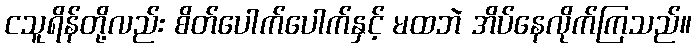
ငသူရိန်တို့လည်း စိတ်ပေါက်ပေါက်နှင့် မထဘဲ အိပ်နေလိုက်ကြသည်။